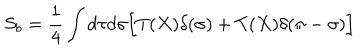
S _ { b } = \frac { 1 } { 4 } \int d \tau d \sigma \Bigl [ T ( X ) \delta ( \sigma ) + T ( X ) \delta ( \pi - \sigma ) \Bigr ] \quad